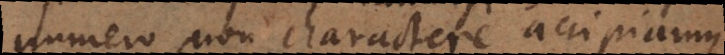
numero non charactere accipiamus,